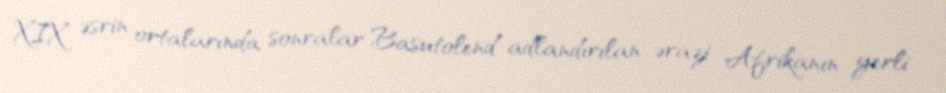
XIX əsrin ortalarında sonralar Basutolend adlandırılan ərazi Afrikanın yerli